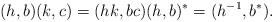
LaTeX: \begin{align*}(h,b)(k,c)=(hk, bc)(h,b)^*=(h^{-1},b^*).\end{align*}